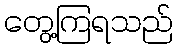
တွေ့ကြရသည်